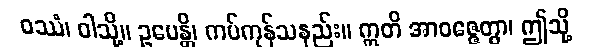
ဝဿံ၊ ဝါသို့။ ဥပေန္တိ၊ ကပ်ကုန်သနည်း။ ဣတိ အာဝဇ္ဇေတွာ၊ ဤသို့